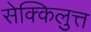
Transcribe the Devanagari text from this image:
सेक्किलुत्त